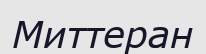
Миттеран